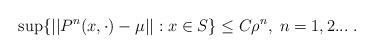
LaTeX: \begin{align*}\sup\{||P^n(x, \cdot) - \mu||: x\in S\} \leq C \rho^n, \; n=1,2...\; .\end{align*}